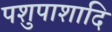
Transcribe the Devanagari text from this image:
पशुपाशादि